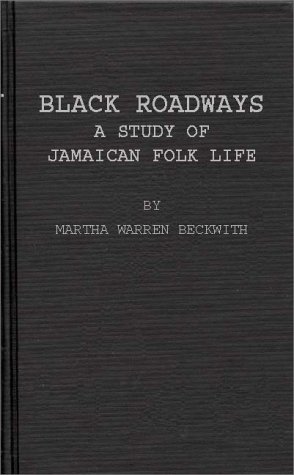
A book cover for Black Roadways: A Study of Jamaican Folk Life; Martha Warren Beckwith; Travel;